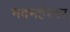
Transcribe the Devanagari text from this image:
मदमहेश्वर